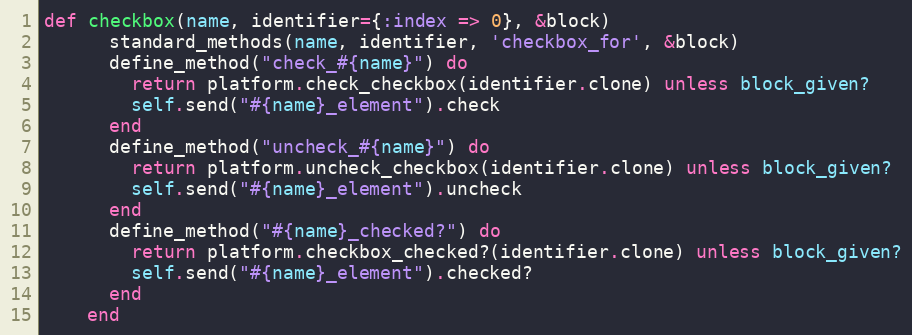
Language: Ruby
def checkbox(name, identifier={:index => 0}, &block)
      standard_methods(name, identifier, 'checkbox_for', &block)
      define_method("check_#{name}") do
        return platform.check_checkbox(identifier.clone) unless block_given?
        self.send("#{name}_element").check
      end
      define_method("uncheck_#{name}") do
        return platform.uncheck_checkbox(identifier.clone) unless block_given?
        self.send("#{name}_element").uncheck
      end
      define_method("#{name}_checked?") do
        return platform.checkbox_checked?(identifier.clone) unless block_given?
        self.send("#{name}_element").checked?
      end
    end